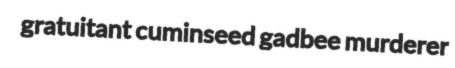
gratuitant cuminseed gadbee murderer